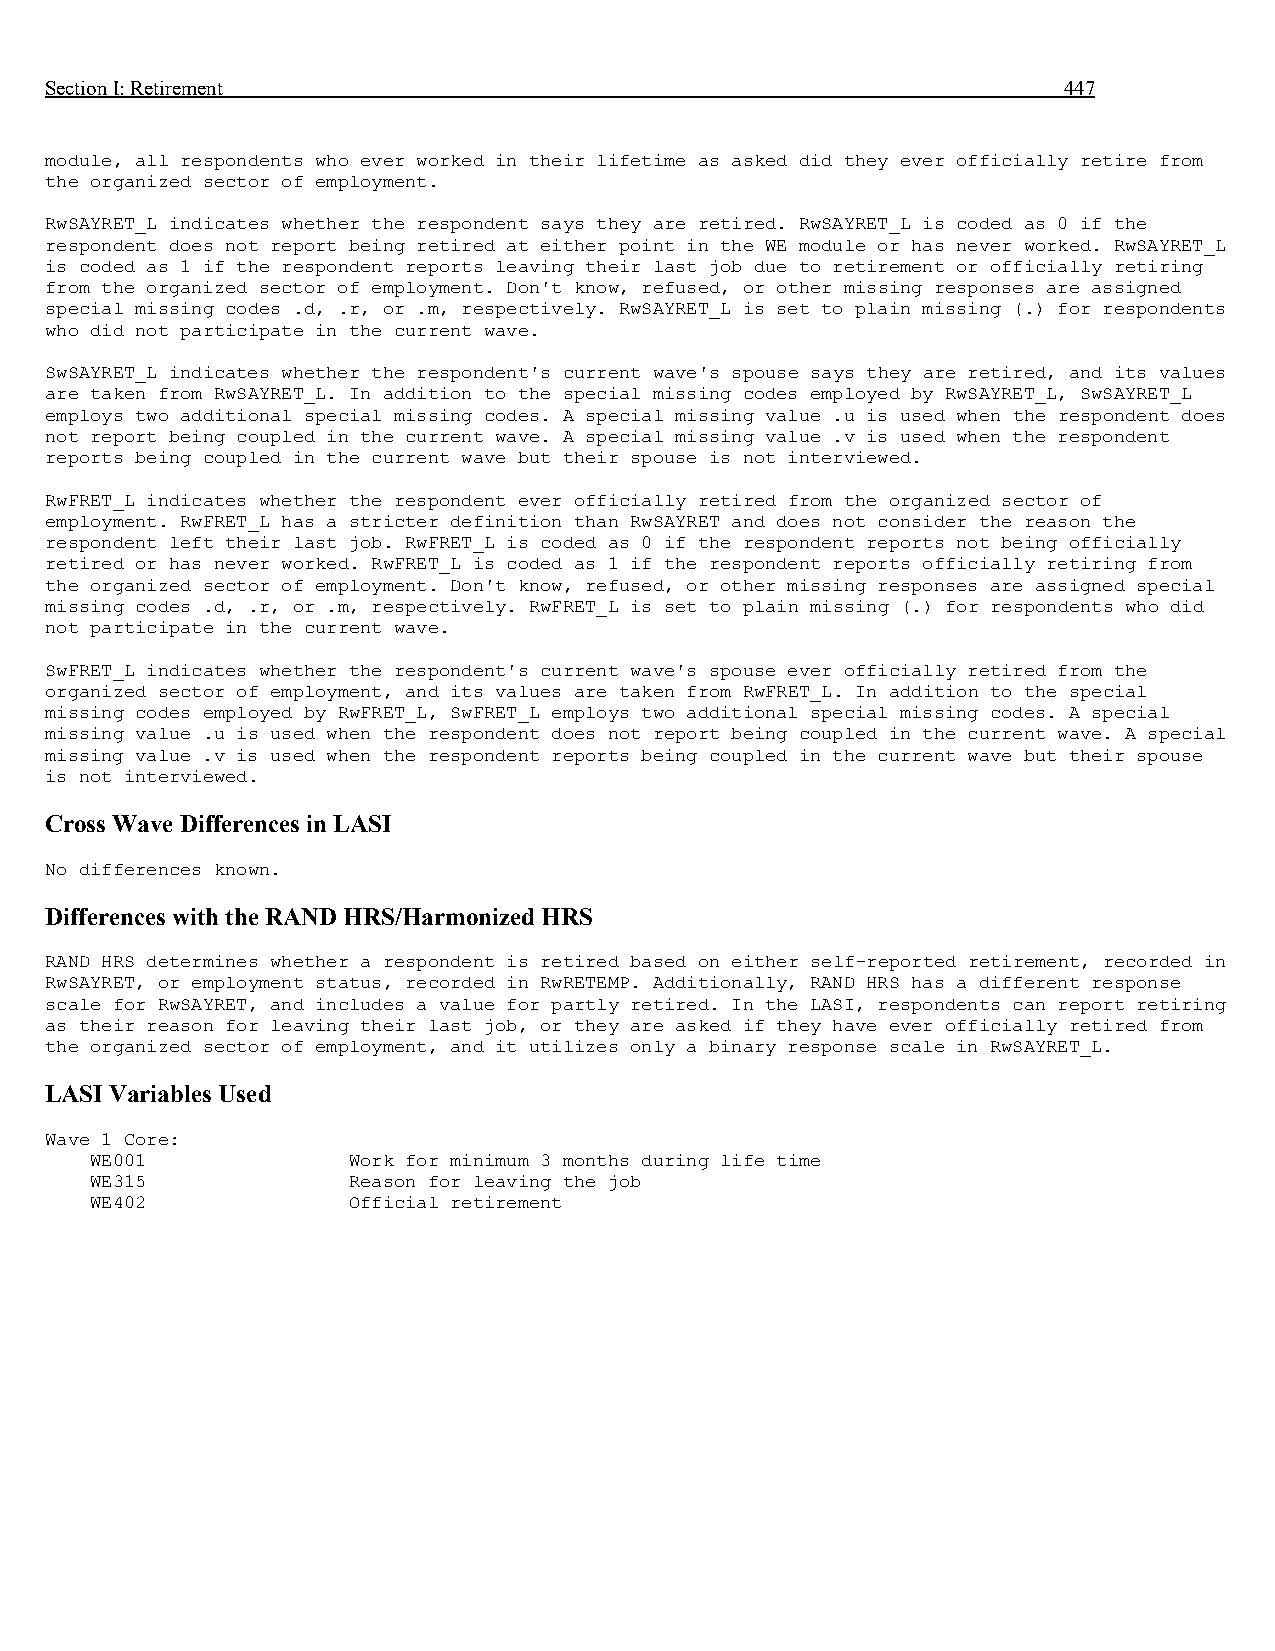
Section I: Retirement                                              447
 module, all respondents who ever worked in their lifetime as asked did they ever officially retire from
 the organized sector of employment.
 RwSAYRET_L indicates whether the respondent says they are retired. RwSAYRET_L is coded as 0 if the
 respondent does not report being retired at either point in the WE module or has never worked. RwSAYRET_L
 is coded as 1 if the respondent reports leaving their last job due to retirement or officially retiring
 from the organized sector of employment. Don't know, refused, or other missing responses are assigned
 special missing codes .d, .r, or .m, respectively. RwSAYRET_L is set to plain missing (.) for respondents
 who did not participate in the current wave.
 SwSAYRET_L indicates whether the respondent's current wave's spouse says they are retired, and its values
 are taken from RwSAYRET_L. In addition to the special missing codes employed by RwSAYRET_L, SwSAYRET_L
 employs two additional special missing codes. A special missing value .u is used when the respondent does
 not report being coupled in the current wave. A special missing value .v is used when the respondent
 reports being coupled in the current wave but their spouse is not interviewed.
 RwFRET_L indicates whether the respondent ever officially retired from the organized sector of
 employment. RwFRET_L has a stricter definition than RwSAYRET and does not consider the reason the
 respondent left their last job. RwFRET_L is coded as 0 if the respondent reports not being officially
 retired or has never worked. RwFRET_L is coded as 1 if the respondent reports officially retiring from
 the organized sector of employment. Don't know, refused, or other missing responses are assigned special
 missing codes .d, .r, or .m, respectively. RwFRET_L is set to plain missing (.) for respondents who did
 not participate in the current wave.
 SwFRET_L indicates whether the respondent's current wave's spouse ever officially retired from the
 organized sector of employment, and its values are taken from RwFRET_L. In addition to the special
 missing codes employed by RwFRET_L, SwFRET_L employs two additional special missing codes. A special
 missing value .u is used when the respondent does not report being coupled in the current wave. A special
 missing value .v is used when the respondent reports being coupled in the current wave but their spouse
 is not interviewed.
 Cross Wave Differences in LASI
 No differences known.
 Differences with the RAND HRS/Harmonized HRS
 RAND HRS determines whether a respondent is retired based on either self-reported retirement, recorded in
 RwSAYRET, or employment status, recorded in RwRETEMP. Additionally, RAND HRS has a different response
 scale for RwSAYRET, and includes a value for partly retired. In the LASI, respondents can report retiring
 as their reason for leaving their last job, or they are asked if they have ever officially retired from
 the organized sector of employment, and it utilizes only a binary response scale in RwSAYRET_L.
 LASI Variables Used
 Wave 1 Core:
 WE001            Work for minimum 3 months during life time
 WE315            Reason for leaving the job
 WE402            Official retirement